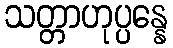
သတ္တာဟုပ္ပန္နေ